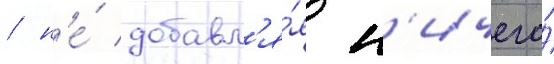
/ н'е́ добавл'я́я н'ичего́